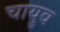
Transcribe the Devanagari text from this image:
चायुव